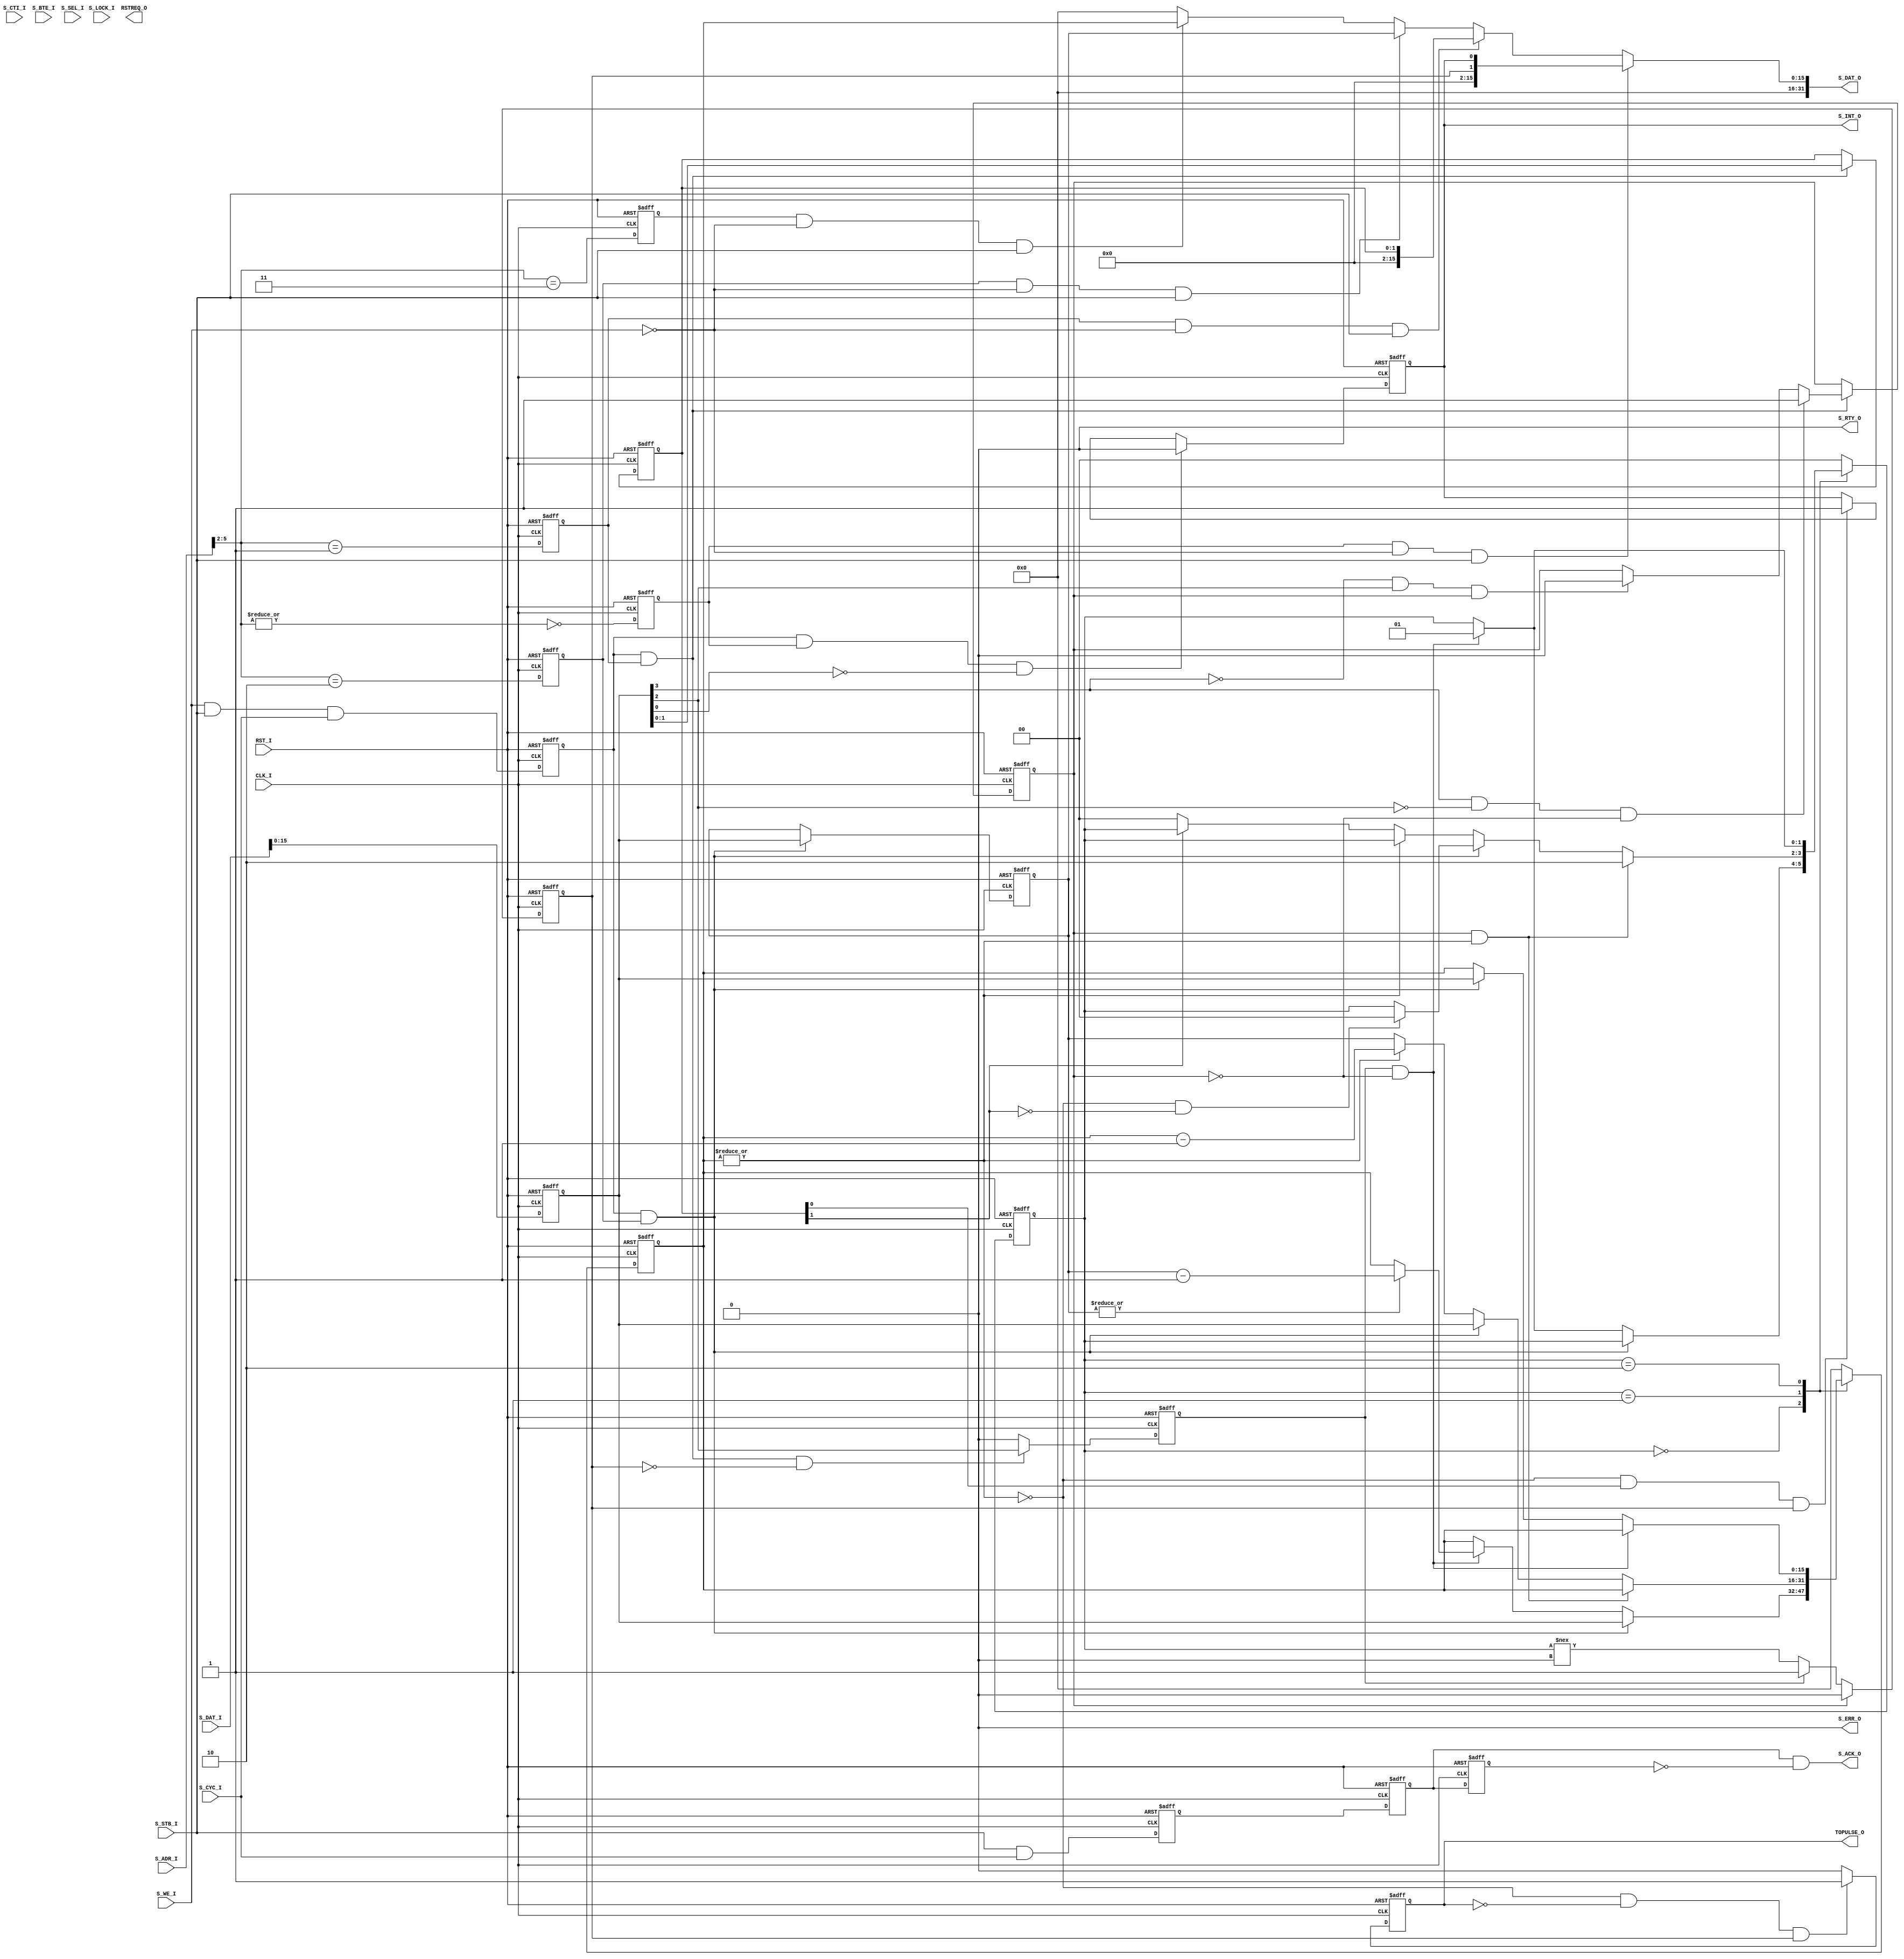
// =============================================================================
//                           COPYRIGHT NOTICE
// Copyright 2006 (c) Lattice Semiconductor Corporation
// ALL RIGHTS RESERVED
// This confidential and proprietary software may be used only as authorised by
// a licensing agreement from Lattice Semiconductor Corporation.
// The entire notice above must be reproduced on all authorized copies and
// copies may only be made to the extent permitted by a licensing agreement from
// Lattice Semiconductor Corporation.
//
// Lattice Semiconductor Corporation        TEL : 1-800-Lattice (USA and Canada)
// 5555 NE Moore Court                            408-826-6000 (other locations)
// Hillsboro, OR 97124                     web  : http://www.latticesemi.com/
// U.S.A                                   email: techsupport@latticesemi.com
// =============================================================================/
//                         FILE DETAILS
// Project          : LM32 Timer
// Title            : Timer component core file
// Dependencies     : None
// Version          : 7.0
//                  : Initial Release
// Version          : 7.0SP2, 3.0
//                  : No Change
// =============================================================================
`ifndef TIMER_FILE
`define TIMER_FILE
module timer #(
   parameter PERIOD_NUM   = 20,//decimal
   parameter PERIOD_WIDTH = 16,//decimal
   parameter WRITEABLE_PERIOD  = 1,
   parameter READABLE_SNAPSHOT = 1,
   parameter START_STOP_CONTROL = 1,
   parameter TIMEOUT_PULSE = 1,
   parameter WATCHDOG = 0)
             (
             //slave port
             S_ADR_I,    //32bits
             S_DAT_I,    //32bits
             S_WE_I,
             S_STB_I,
             S_CYC_I,
             S_CTI_I,
             S_BTE_I,
             S_LOCK_I,
             S_SEL_I,
             S_DAT_O,    //32bits
             S_ACK_O,
             S_RTY_O,
             S_ERR_O,
             S_INT_O,
             RSTREQ_O,   //resetrequest, only used when WatchDog enabled
             TOPULSE_O,  //timeoutpulse, only used when TimeOutPulse enabled
             //system clock and reset
             CLK_I,
             RST_I
             );

   input  [31:0]  S_ADR_I;
   input  [31:0]  S_DAT_I;
   input          S_WE_I;
   input          S_STB_I;
   input          S_CYC_I;
   input  [2:0]   S_CTI_I;
   input          S_LOCK_I;
   input  [3:0]   S_SEL_I;
   input  [1:0]   S_BTE_I;
   output [31:0]  S_DAT_O;
   output         S_ACK_O;
   output         S_INT_O;
   output         S_RTY_O;
   output         S_ERR_O;
   output         RSTREQ_O;
   output         TOPULSE_O;

   input          CLK_I;
   input          RST_I;

   parameter  UDLY     = 1;
   parameter  ST_IDLE  = 2'b00;
   parameter  ST_CNT   = 2'b01;
   parameter  ST_STOP  = 2'b10;

   reg  dw00_cs;
   reg  dw04_cs;
   reg  dw08_cs;
   reg  dw0c_cs;
   reg  reg_wr;
   reg  reg_rd;
   reg  [31:0] latch_s_data;
   reg  [1:0]  reg_04_data;
   reg         reg_run;
   reg         reg_stop;
   reg         reg_start;
   reg [1:0]   status;
   reg  [PERIOD_WIDTH-1:0] internal_counter;
   reg  [PERIOD_WIDTH-1:0] reg_08_data;
   reg  s_ack_dly;
   reg  s_ack_2dly;
   reg  s_ack_pre;
   reg  RSTREQ_O;
   reg  TOPULSE_O;
   reg  reg_to;

   wire        reg_cont;
   wire        reg_ito;
   wire [1:0]  read_00_data;
   wire [1:0]  read_04_data;
   wire [PERIOD_WIDTH-1:0] read_08_data;
   wire [PERIOD_WIDTH-1:0] read_0c_data;
   wire [PERIOD_WIDTH-1:0] reg_period;
   wire        S_ACK_O;
   wire [31:0] S_DAT_O;
   wire        S_INT_O;

   assign     S_RTY_O = 1'b0;
   assign     S_ERR_O = 1'b0;

   always @(posedge CLK_I or posedge RST_I)
     if(RST_I)
       latch_s_data     <= #UDLY 32'h0;
     else
       latch_s_data     <= #UDLY S_DAT_I;

   always @(posedge CLK_I or posedge RST_I)
     if(RST_I)
       begin
          dw00_cs   <= #UDLY 1'b0;
          dw04_cs   <= #UDLY 1'b0;
          dw08_cs   <= #UDLY 1'b0;
          dw0c_cs   <= #UDLY 1'b0;
       end
     else
       begin
          dw00_cs   <= #UDLY (!(|S_ADR_I[5:2]));
          dw04_cs   <= #UDLY (S_ADR_I[5:2] == 4'h1);
          dw08_cs   <= #UDLY (S_ADR_I[5:2] == 4'h2);
          dw0c_cs   <= #UDLY (S_ADR_I[5:2] == 4'h3);
       end

   always @(posedge CLK_I or posedge RST_I)
     if(RST_I)
       begin
          reg_wr    <= #UDLY 1'b0;
          reg_rd    <= #UDLY 1'b0;
       end
     else
       begin
          reg_wr    <= #UDLY S_WE_I && S_STB_I && S_CYC_I;
          reg_rd    <= #UDLY !S_WE_I && S_STB_I && S_CYC_I;
       end

   generate
   if (START_STOP_CONTROL == 1)

   always @(posedge CLK_I or posedge RST_I)
     if(RST_I)
       begin
          status                   <= #UDLY ST_IDLE;
          internal_counter         <= #UDLY 'h0;
       end
     else
       case(status)
         ST_IDLE:
           begin
             if(reg_wr && dw08_cs)
               begin
               internal_counter <= #UDLY (WRITEABLE_PERIOD == 1) ? latch_s_data : reg_period;
               end
             else if(reg_start && !reg_stop)
               begin
               status           <= #UDLY ST_CNT;
               if(|reg_period)
                 internal_counter <= #UDLY reg_period - 1;
               end
           end
         ST_CNT:
           begin
              if(reg_stop && (|internal_counter))
                status           <= #UDLY ST_STOP;
              else if(reg_wr && dw08_cs)
                begin
                internal_counter <= #UDLY (WRITEABLE_PERIOD == 1) ? latch_s_data : reg_period;
                if(!(|internal_counter) && !reg_cont)
                   status        <= #UDLY ST_IDLE;
                end
              else if(!(|internal_counter))
                begin
                if(!reg_cont)
                  begin
                  status         <= #UDLY ST_IDLE;
                  end
                internal_counter <= #UDLY reg_period;
                end
              else
                internal_counter <= #UDLY internal_counter - 1;
           end
         ST_STOP:
           begin
              if(reg_start && !reg_stop)
                status           <= #UDLY ST_CNT;
              else if(reg_wr && dw08_cs)
                begin
                internal_counter <= #UDLY (WRITEABLE_PERIOD == 1) ? latch_s_data : reg_period;
                end
           end
        default:
           begin
              status               <= #UDLY ST_IDLE;
              internal_counter     <= #UDLY 'h0;
           end
       endcase
   endgenerate


   generate
   if (START_STOP_CONTROL == 0)
   always @(posedge CLK_I or posedge RST_I)
     if(RST_I)
       internal_counter         <= #UDLY 'h0;
     else if ((reg_wr && dw08_cs) && (WATCHDOG == 1) || !(|internal_counter))
       internal_counter         <= #UDLY reg_period;
     else
       internal_counter         <= #UDLY internal_counter - 1;
   endgenerate

   always @(posedge CLK_I or posedge RST_I)
     if(RST_I)
       reg_to        <= #UDLY 1'b0;
     else if(reg_wr && dw00_cs && (!latch_s_data[0]))
       reg_to        <= #UDLY 1'b0;
     else if(!(|internal_counter) && reg_ito && ((START_STOP_CONTROL == 0) || reg_run))
       reg_to        <= #UDLY 1'b1;

   generate
   if (START_STOP_CONTROL == 1)
   always @(posedge CLK_I or posedge RST_I)
     if(RST_I)
       reg_run       <= #UDLY 1'b0;
     else if(reg_stop)
       reg_run       <= #UDLY 1'b0;
     else if(reg_start)
       reg_run       <= #UDLY 1'b1;
     else
       reg_run       <= #UDLY (status !== ST_IDLE);
   endgenerate

   assign read_00_data   = (START_STOP_CONTROL == 1) ? {reg_run,reg_to} : {1'b1,reg_to};

   //reg_04:control
   assign      {reg_cont,reg_ito} = reg_04_data;

   generate
   if (START_STOP_CONTROL == 1)
   always @(posedge CLK_I or posedge RST_I)
     if(RST_I)
       reg_stop      <= #UDLY 1'b0;
     else if(reg_wr && dw04_cs)
       begin
          if(latch_s_data[3] && !latch_s_data[2] && !reg_stop)
            reg_stop  <= #UDLY 1'b1;
          else if(!latch_s_data[3] && latch_s_data[2] && reg_stop)
            reg_stop  <= #UDLY 1'b0;
       end

   always @(posedge CLK_I or posedge RST_I)
     if(RST_I)
       reg_start     <= #UDLY 1'b0;
     else if(reg_wr && dw04_cs && !reg_run)
       reg_start     <= #UDLY latch_s_data[2];
     else
       reg_start     <= #UDLY 1'b0;
   endgenerate

   always @(posedge CLK_I or posedge RST_I)
     if(RST_I)
       reg_04_data   <= #UDLY 2'h0;
     else if(reg_wr && dw04_cs)
       reg_04_data   <= #UDLY latch_s_data[1:0];

   assign  read_04_data   = reg_04_data;

  generate
  if (WRITEABLE_PERIOD == 1) begin
    assign reg_period     = reg_08_data;
    assign read_08_data   = reg_08_data;
    always @(posedge CLK_I or posedge RST_I) begin
     if (RST_I)
       reg_08_data   <= #UDLY PERIOD_NUM;
     else if ((reg_wr && dw08_cs) && (START_STOP_CONTROL == 1))
       reg_08_data   <= #UDLY latch_s_data;
	 end
   end
  else
     assign reg_period   = PERIOD_NUM;
  endgenerate

  generate
  if (READABLE_SNAPSHOT == 1)
    assign  read_0c_data   = internal_counter;
  endgenerate

   always @(posedge CLK_I or posedge RST_I)
     if(RST_I)
       begin
          s_ack_pre     <= #UDLY 1'b0;
          s_ack_dly     <= #UDLY 1'b0;
          s_ack_2dly    <= #UDLY 1'b0;
       end
     else
       begin
          s_ack_pre     <= #UDLY S_STB_I && S_CYC_I;
          s_ack_dly     <= #UDLY s_ack_pre;
          s_ack_2dly    <= #UDLY s_ack_dly;
       end

   assign S_ACK_O = s_ack_dly & !s_ack_2dly;
   assign S_DAT_O  = (dw00_cs & !S_WE_I & S_STB_I)                     ? read_00_data :
                     (dw04_cs & !S_WE_I & S_STB_I)                     ? read_04_data :
                     (dw08_cs & !S_WE_I & S_STB_I & WRITEABLE_PERIOD)  ? read_08_data :
                     (dw0c_cs & !S_WE_I & S_STB_I & READABLE_SNAPSHOT) ? read_0c_data :
                                                                         32'h0;
   assign S_INT_O  = reg_to;

  generate
  if (WATCHDOG == 1)
   always @(posedge CLK_I or posedge RST_I) begin
     if(RST_I)
       RSTREQ_O      <= #UDLY 1'b0;
     else if(!(|internal_counter) && !RSTREQ_O && ((START_STOP_CONTROL == 0) || reg_run))
       RSTREQ_O      <= #UDLY 1'b1;
     else
       RSTREQ_O      <= #UDLY 1'b0;
	 end
  endgenerate


  generate
  if (TIMEOUT_PULSE == 1)
   //TOPULSE_O
   always @(posedge CLK_I or posedge RST_I)
     if(RST_I)
       TOPULSE_O     <= #UDLY 1'b0;
     else if(!(|internal_counter) && !TOPULSE_O && ((START_STOP_CONTROL == 0) || reg_run))
       TOPULSE_O     <= #UDLY 1'b1;
     else
       TOPULSE_O     <= #UDLY 1'b0;
  endgenerate

endmodule
`endif